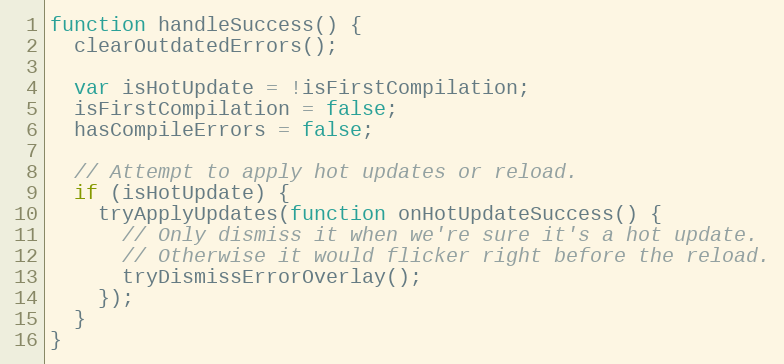
Language: JavaScript
function handleSuccess() {
  clearOutdatedErrors();

  var isHotUpdate = !isFirstCompilation;
  isFirstCompilation = false;
  hasCompileErrors = false;

  // Attempt to apply hot updates or reload.
  if (isHotUpdate) {
    tryApplyUpdates(function onHotUpdateSuccess() {
      // Only dismiss it when we're sure it's a hot update.
      // Otherwise it would flicker right before the reload.
      tryDismissErrorOverlay();
    });
  }
}